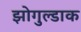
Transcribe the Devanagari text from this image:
झोगुल्डाक